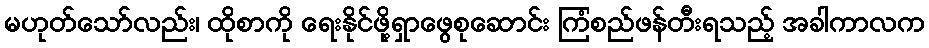
မဟုတ်သော်လည်း၊ ထိုစာကို ရေးနိုင်ဖို့ရှာဖွေစုဆောင်း ကြံစည်ဖန်တီးရသည့် အခါကာလက